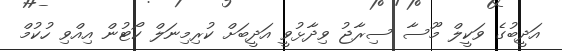
އަދީބުގެ ވަކީލް މޫސާ ސިރާޖު ވިދާޅުވީ އަދީބަށް ކުރިމިނަލް ކޯޓުން އިއްވި ހުކުމް